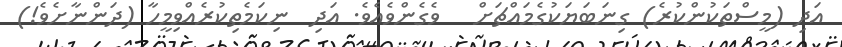
އަދި (މީސްތަކުންކުރެ) ގިނަބަޔަކުގެމައްޗަށް   ވެގެންވެއެވެ. އަދި  ނިކަމެތިކުރެއްވިމީހާ (ދަންނާށެވެ!)